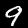
Digit: 9